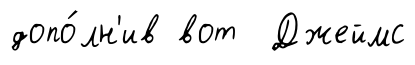
допо́лн'ив вот Джеймс